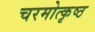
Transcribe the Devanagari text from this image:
चरमोत्कृष्ठ